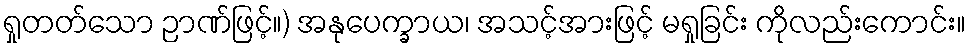
ရှုတတ်သော ဉာဏ်ဖြင့်။) အနုပေက္ခာယ၊ အသင့်အားဖြင့် မရှုခြင်း ကိုလည်းကောင်း။